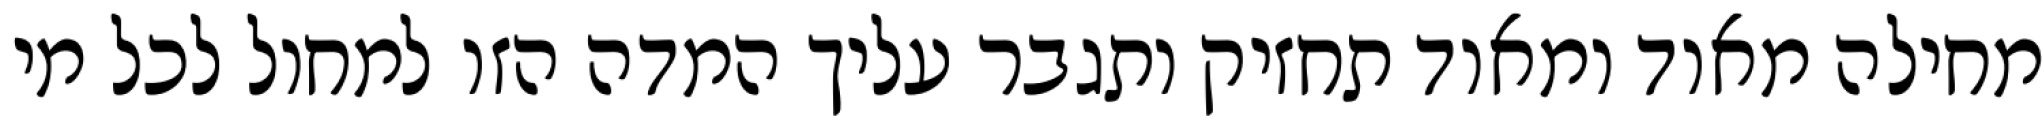
מחילה מאוד ומאוד תחזיק ותגבר עליך המדה הזו למחול לכל מי